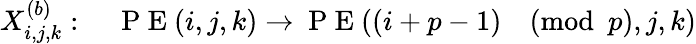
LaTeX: X_{i,j,k}^{(b)}:\quad\mathrm{~P~E~}(i,j,k)\rightarrow\mathrm{~P~E~}((i+p-1)\pmod p,j,k)